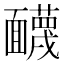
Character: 䩏